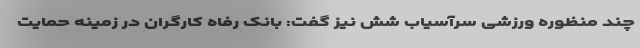
چند منظوره ورزشی سرآسیاب شش نیز گفت: بانک رفاه کارگران در زمینه حمایت